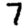
Digit: 7